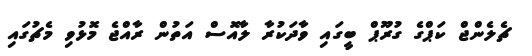
ޗެލެންޖް ކަޕްގެ ގުރޫޕް ބީގައި ވާދަކުރާ ލާއޮސް އަތުން ރާއްޖެ މޮޅުވި މެޗުގައި